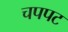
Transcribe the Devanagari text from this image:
चपपट